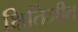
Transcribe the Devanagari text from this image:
क्षितिजीत